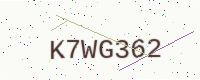
Text: K7WG362